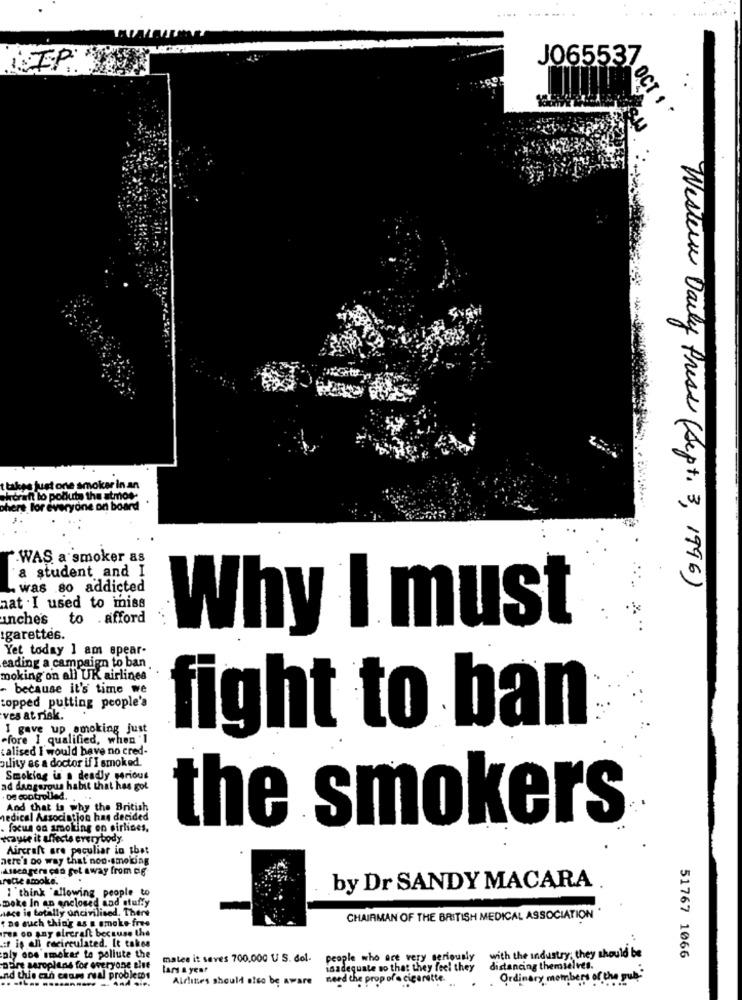
JO65537
OCT 1 .
t takes just one smoker in an
craft lo pollute the atmos-
ohere for everyone on board
".WAS a smoker as
a student and I
. was .80 addicted
Western Daily Press ( Sept. 3 , 1996 )
hat . I used to miss
unche's
to . afford
Why I must
igarettes.
Yet today 1 am spear-
eading a campaign to ban.
moking on all UK airlines
- because it's time we
topped putting people's
ves at risk.
I gave up smoking just
fight to ban
-fore I qualified, when "]
calised I would have no cred-
oulity as a doctor if I smoked.
Smoking is a deadly serious
ad dangerous habit that has got
De controlled. ...
And that is why the British
medical Association has decided
the smokers
focus on smoking on airlines,
raute it affects everybody
Aircraft are peculiar in that
here's Do way that non-smoking
Asseagers cia get away from de
race smoke.
I think 'allowing people to
by Dr SANDY MACARA
Deke In an enclosed and stuffy
Hace is totally oncivilised. There
" no auch thin'g as a smoke free
CHAIRMAN OF THE BRITISH MEDICAL ASSOCIATION .
rea oo any aircraft because the
if ig all recirculated. It takes
with the industry; they should be
aly one 'smeier to pollute the
mates it saves 700,000 U S. del.
people who are very seriously
51767 1066
DEire seroplans for everyone else
lars a year
isadequate so that they feel they
distancing themselves.
and this aun ceans real problems
Aldlines should also be aware
need the prop ofe cigarette.
Ordinary members of the gut